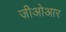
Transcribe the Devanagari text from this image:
जीओआर